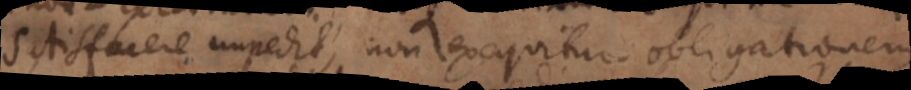
satisfacere impedit, non exequitur obligationem